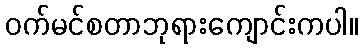
ဝက်မင်စတာဘုရားကျောင်းကပါ။